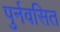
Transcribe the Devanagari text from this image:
पुर्नवसित